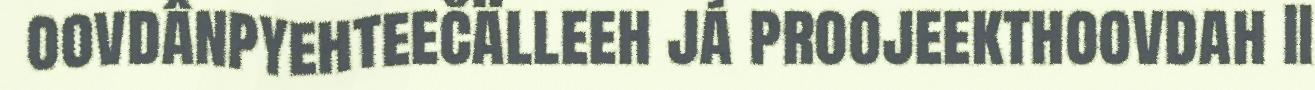
oovdânpyehteečälleeh já proojeekthoovdah II